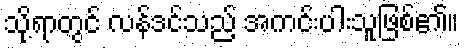
သို့ရာတွင် လန်ဒင်သည် အကင်းပါးသူဖြစ်၏။